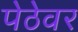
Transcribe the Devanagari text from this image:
पेठेवर